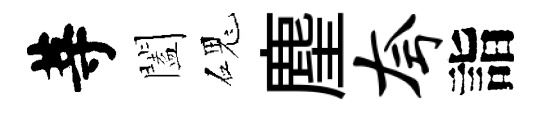
䓁闔磈麈夸詣